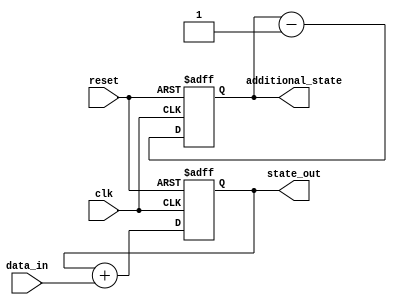
module ParameterizedInit #(parameter INIT_VALUE_1 = 8'h00,
                            parameter INIT_VALUE_2 = 8'hFF,
                            parameter NUM_STATES = 4) (
    input wire clk,
    input wire reset,
    input wire [7:0] data_in,
    output reg [7:0] state_out,
    output reg [7:0] additional_state
);

    // Internal state variables
    reg [7:0] state;
    reg [7:0] auxiliary_state;
    
    // Initialization block
    initial begin
        state = INIT_VALUE_1;           // Initialize state with parameter
        auxiliary_state = INIT_VALUE_2; // Initialize auxiliary state
    end

    // Always block for resets and clock-driven behavior
    always @(posedge clk or posedge reset) begin
        if (reset) begin
            state <= INIT_VALUE_1;           // Reset to initial value
            auxiliary_state <= INIT_VALUE_2; // Reset auxiliary state
        end else begin
            // Example behavioral logic (simple state machine example)
            state <= state + data_in; // Increment state by input data
            auxiliary_state <= auxiliary_state - 1; // Decrement auxiliary state
        end
    end

    // Output state assignment
    always @* begin
        state_out = state;
        additional_state = auxiliary_state;
    end
    
endmodule